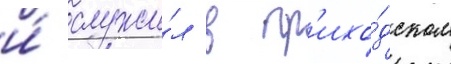
и́ служи́л в пр'ихо́дском